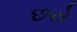
છરો